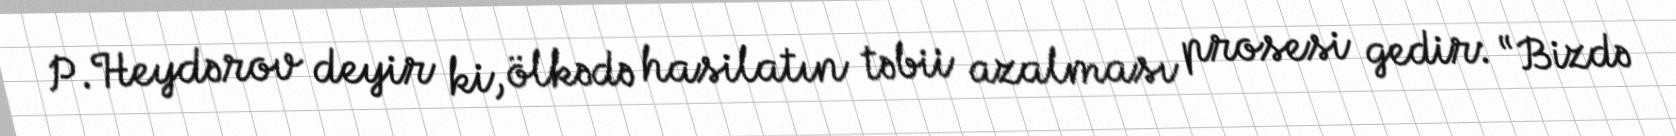
P.Heydərov deyir ki, ölkədə hasilatın təbii azalması prosesi gedir: “Bizdə